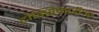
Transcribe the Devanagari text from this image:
टोक्सिकारीआ